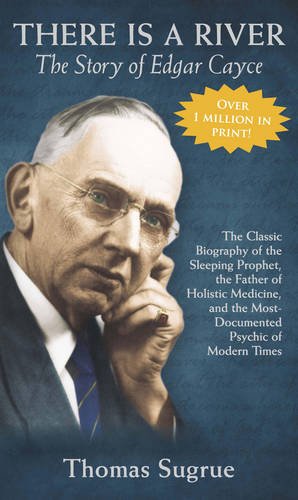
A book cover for Story of Edgar Cayce: There Is a River; Thomas Sugrue; Biographies & Memoirs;